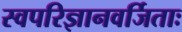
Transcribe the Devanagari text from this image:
स्वपरिज्ञानवर्जिताः